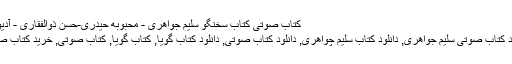
کتاب صوتی کتاب سخنگو سلیم جواهری - محبوبه حیدری-حسن ذوالفقاری - آدیولیب
دانلود کتاب صوتی سلیم جواهری, دانلود کتاب سلیم چواهری, دانلود کتاب صوتی, دانلود کتاب گویا, کتاب گویا, کتاب صوتی, خرید کتاب صوتی